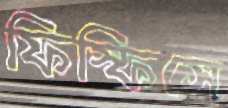
ফিস্‌ফিসে